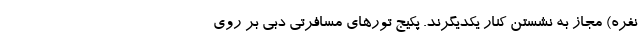
نفره) مجاز به نشستن کنار یکدیگرند. پکیج تورهای مسافرتی دبی بر روی